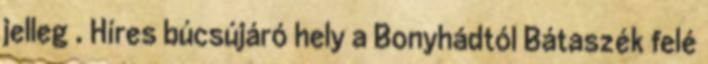
jelleg . Híres búcsújáró hely a Bonyhádtól Bátaszék felé